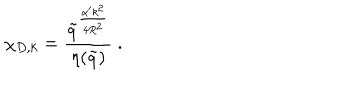
LaTeX: \chi _ { D , k } = \frac { \tilde { q } ^ { \frac { \alpha ^ { \prime } k ^ { 2 } } { 4 R ^ { 2 } } } } { \eta ( \tilde { q } ) } \ .